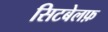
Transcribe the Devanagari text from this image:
सिटबेलफ़